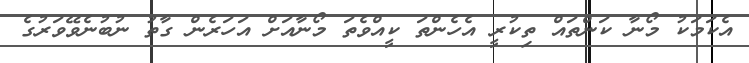
އެކަމަކު މޯނާ ކަންތައް ތިކުރީ އެހެންތަ ކީއްވެތަ މޯނާއަށް އަހަރެން ގާތު ނުބުނެވޭވަރުގެ